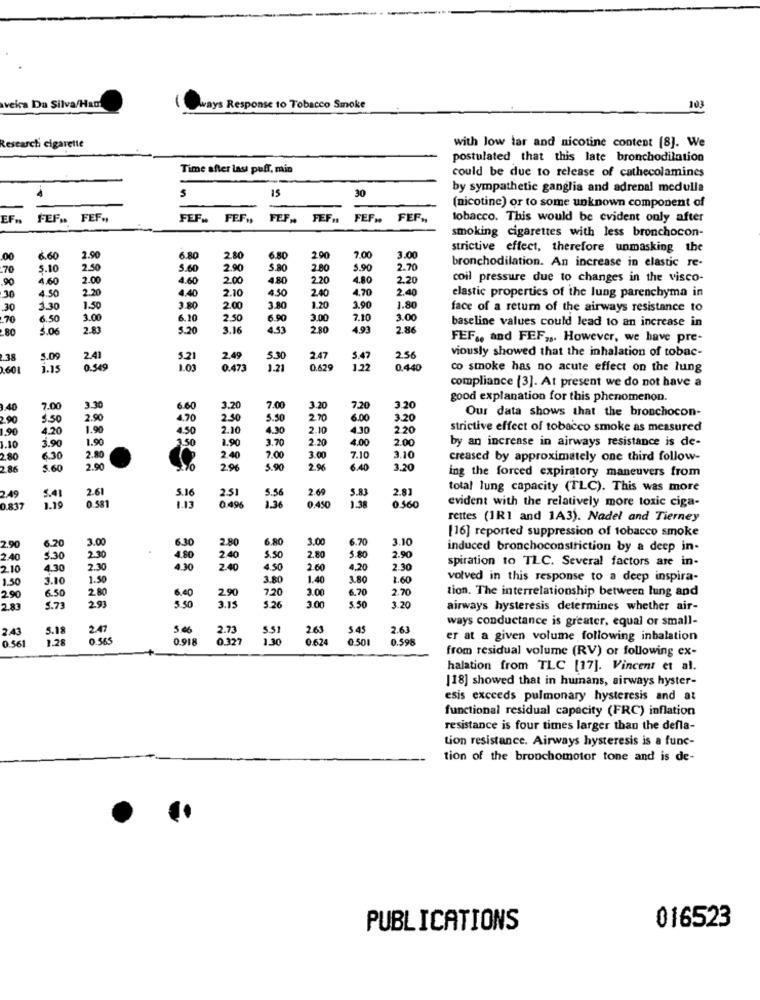
veica Da Silva/Ham
ways Response to Tobacco Smoke
103
Researchi cigarette
with low tar and nicotine content [8]. We
postulated that this late bronchodilation
Time after last puff, min
could be due to release of cathecolamines
15
30
by sympathetic ganglia and adrenal medulla
(nicotine) or to some unknown component of
EF ..
FEF .. FEF .,
FEF .. FEF .,
FEF ., FEF.
FEF ..
FEF .,
tobacco. This would be evident only after
smoking cigarettes with less bronchocon-
strictive effect, therefore unmasking the
00
6.60
2.90
6.80
2.80
6.80
290
7.00
3.00
.70
5.10
2.50
5.60
2.90
5.80
2.80
5.90
2.70
bronchodilation. An increase in elastic re-
90
4.60
2.00
4.60
200
4.80
2.20
4.80
2.20
coil pressure due to changes in the visco-
30
4.50
2.20
4.40
2.10
4.50
2.40
4.70
2.40
3.90
elastic properties of the lung parenchyma in
30
3.30
1.50
3.80
2.00
3.80
1.20
1.80
face of a return of the airways resistance to
.70
6.50
3.00
6.20
2.50
6.90
3.00
7.10
3.00
baseline values could lead to an increase in
3.06
2.83
5.20
3.16
4.53
280
4.93
2.86
FEF ., and FEF ,,. However, we have pre-
2.41
viously showed that the inhalation of tobac-
238
5.09
5.21
2.49
5.30
2.47
5.47
2.56
1601
1.15
0.549
1.03
0.473
1.21
0.629
1.22
0.440
co smoke has no acute effect on the lung
compliance [3]. At present we do not have a
good explanation for this phenomenon.
1.40
7.0
3.30
6.60
3.20
7.00
3.20
7,20
3.20
Our data shows that the bronchocon-
90
$50
2.90
4.70
2.50
5.50
2.70
6.00
3.20
1.90
4.20
1.90
4.50
2.10
4.30
2.10
4.30
2.20
strictive effect of tobacco smoke as measured
3.90
1.90
3.50
1.90
3.70
2.20
4.00
2.00
by an increase in airways resistance is de-
1.10
2.80
6.30
2.80
2.40
7.00
3.00
7.10
3.10
creased by approximately one third follow-
2 86
5.60
2.90
2%
5.90
2.96
6.40
3.20
ing the forced expiratory maneuvers from
2.61
5.16
2.51
5.56
2.69
2.81
total lung capacity (TLC). This was more
2.49
5.41
0 581
5.83
evident with the relatively more toxic ciga-
0.837
1.13
0 496
1.36
0.450
130
0.560
rettes (1R1 and 1A3). Nadel and Tierney
2.90
3.00
6.30
2.80
6.80
3.00
6.70
3.10
[16] reported suppression of tobacco smoke
6.2
S. 50
induced bronchoconstriction by a deep in-
2.40
5.30
230
4.80
2.40
2.80
5.80
2.90
spiration to TLC. Several factors are in-
2.10
4.30
2.30
4.30
2.40
4.50
2.60
4,20
2.30
1.50
3.10
1.50
3.80
1.40
3.80
1.60
volved in this response to a deep inspira-
2.90
6.50
2.80
6.40
2.90
7,20
3.00
6.70
2.70
tion. The interrelationship between lung and
2.93
5.50
2.83
5.73
2.15
$ 26
3.00
5.50
3.20
airways hysteresis determines whether air-
ways conductance is greater, equal or small-
2.43
5.18
2.47
5.06
2.73
5.51
2.63
5.45
2.63
0 561
1.28
0.565
0.918
0.327
1.30
0.624
0.501
0.598
er at a given volume following inbalation
from residual volume (RV) or following ex-
halation from TLC [17]. Vincent et al.
[18] showed that in humans, airways hyster-
esis exceeds pulmonary hysteresis and at
functional residual capacity (FRC) inflation
resistance is four times larger than the defla-
tion resistance. Airways hysteresis is a func-
tion of the bronchomotor tone and is de-
016523
PUBLICATIONS